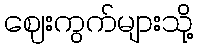
ဈေးကွက်များသို့